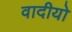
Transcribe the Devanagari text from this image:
वादीयो